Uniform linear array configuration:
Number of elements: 16
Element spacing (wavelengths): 0.75
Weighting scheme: hamming
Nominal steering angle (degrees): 45
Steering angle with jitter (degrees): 46.901
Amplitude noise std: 0.05
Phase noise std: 0.05

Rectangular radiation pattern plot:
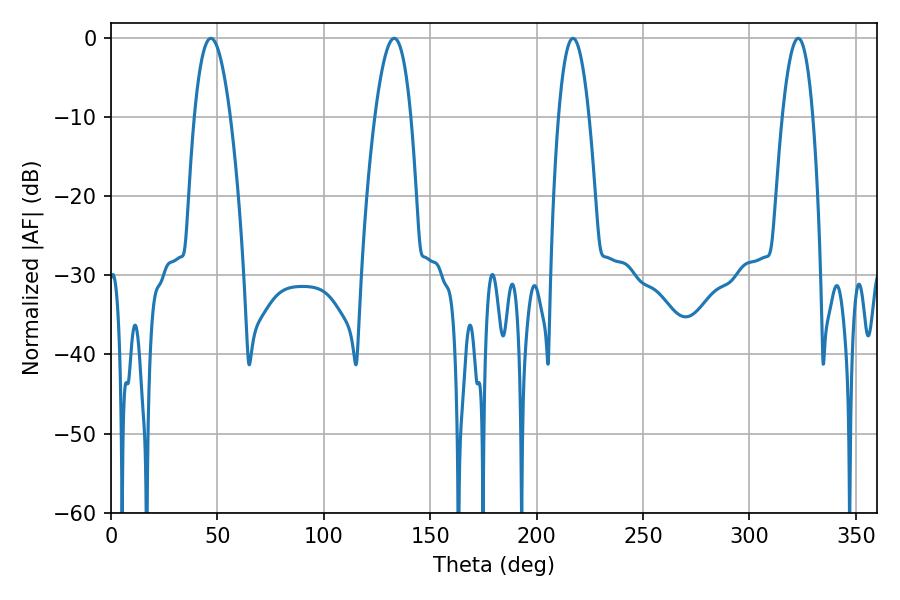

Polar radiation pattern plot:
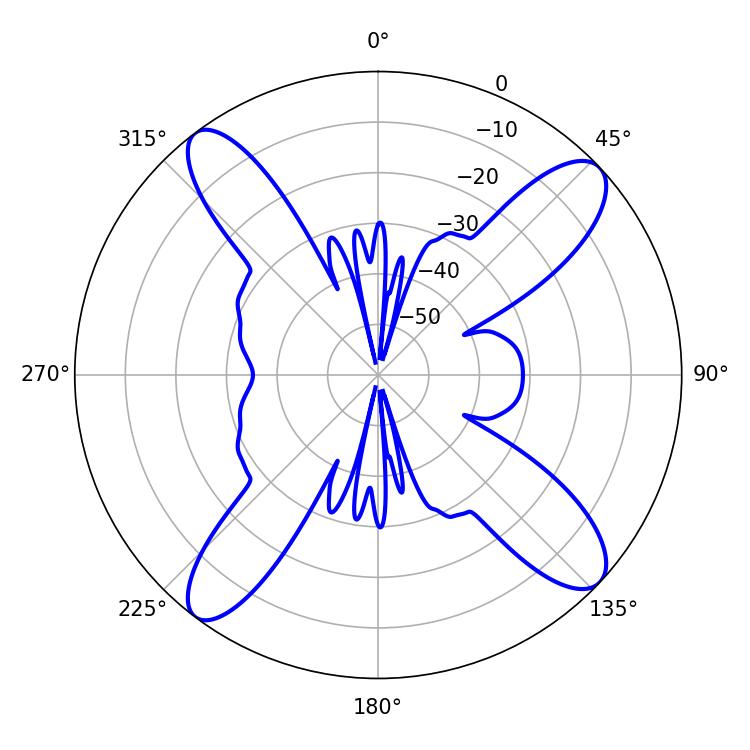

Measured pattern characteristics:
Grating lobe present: TRUE
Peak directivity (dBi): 14.209
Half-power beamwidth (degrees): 7.92
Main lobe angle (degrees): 217.08